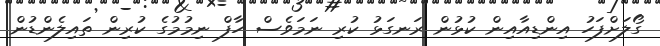
ގޯލަށްފަހު އިންޑިއާއިން ކުޅުން ރަނގަޅު ކުރި ނަމަވެސް ހާފް ނިމުމުގެ ކުރިން ތައިލެންޑުން